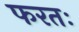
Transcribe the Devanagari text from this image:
फरतः